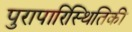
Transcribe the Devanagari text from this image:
पुरापारिस्थितिकी